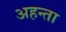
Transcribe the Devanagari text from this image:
अहन्ता